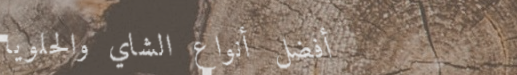
أفضل أنواع الشاي والحلويا